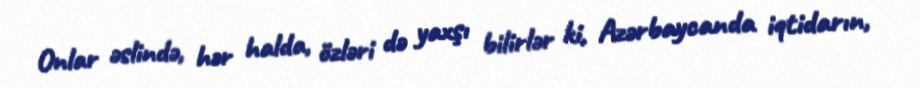
Onlar əslində, hər halda, özləri də yaxşı bilirlər ki, Azərbaycanda iqtidarın,